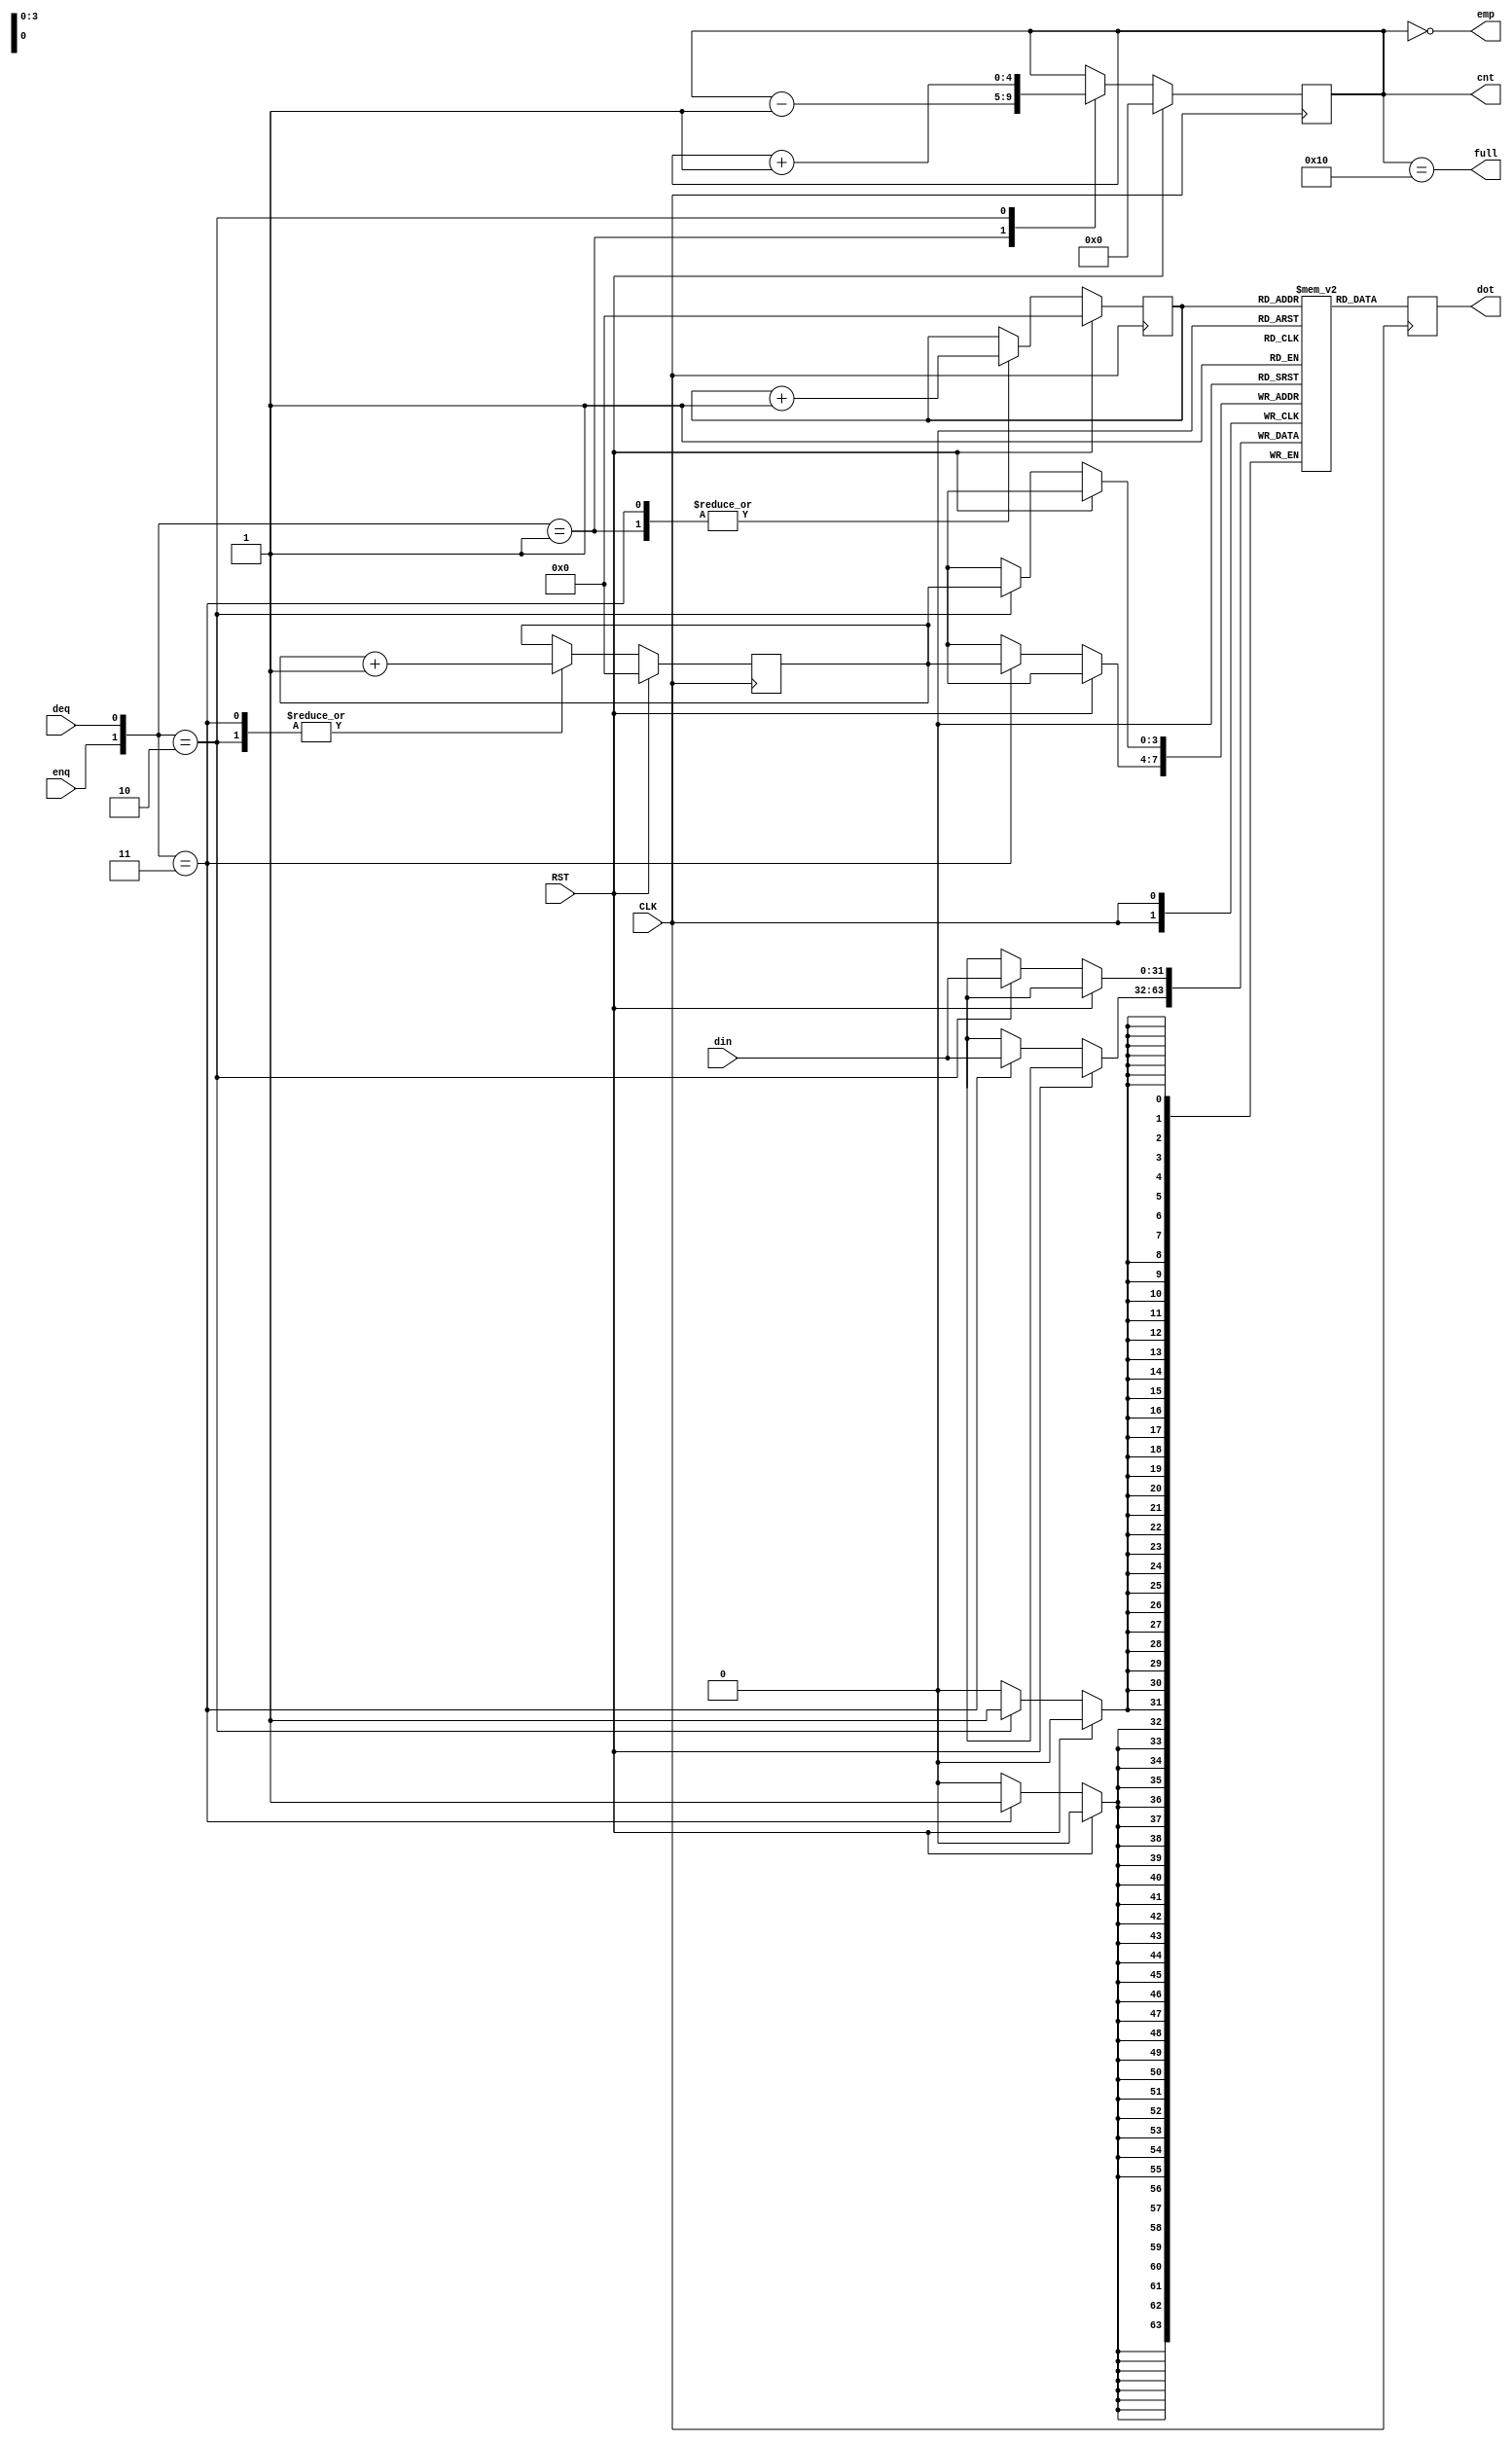
/******************************************************************************/
/* FIFO design collection                                    Ryohei Kobayashi */
/*                                                         Version 2016-12-07 */
/******************************************************************************/
`default_nettype none

/***** A BlockRAM-based FIFO                                              *****/
/******************************************************************************/
module BFIFO #(parameter                    FIFO_SIZE  =  4,  // size in log scale, 4 for 16 entry
               parameter                    FIFO_WIDTH = 32)  // fifo width in bit
              (input  wire                  CLK, 
               input  wire                  RST, 
               input  wire                  enq, 
               input  wire                  deq, 
               input  wire [FIFO_WIDTH-1:0] din, 
               output reg  [FIFO_WIDTH-1:0] dot, 
               output wire                  emp, 
               output wire                  full, 
               output reg  [FIFO_SIZE:0]    cnt);
  
  reg [FIFO_SIZE-1:0]  head, tail;
  reg [FIFO_WIDTH-1:0] mem [(1<<FIFO_SIZE)-1:0];

  assign emp  = (cnt==0);
  assign full = (cnt==(1<<FIFO_SIZE));
  
  always @(posedge CLK) dot <= mem[head];
  
  always @(posedge CLK) begin
    if (RST) {cnt, head, tail} <= 0;
    else begin
      case ({enq, deq})
        2'b01: begin                 head<=head+1;               cnt<=cnt-1; end
        2'b10: begin mem[tail]<=din;               tail<=tail+1; cnt<=cnt+1; end
        2'b11: begin mem[tail]<=din; head<=head+1; tail<=tail+1;             end
      endcase
    end
  end
endmodule


/*****  A multi-channel FIFO                                              *****/
/******************************************************************************/
module MULTI_CHANNEL_FIFO #(parameter                    C_LOG      = 2,  // # of channels in log scale
                            parameter                    FIFO_SIZE  = 2,  // FIFO depth of each channel in log scale
                            parameter                    FIFO_WIDTH = 32)
                           (input  wire                  CLK,
                            input  wire                  RST,
                            input  wire                  enq,
                            input  wire [C_LOG-1:0]      enq_idx,
                            input  wire                  deq,
                            input  wire [C_LOG-1:0]      deq_idx,
                            input  wire [FIFO_WIDTH-1:0] din,
                            output reg  [FIFO_WIDTH-1:0] dot,
                            output wire [(1<<C_LOG)-1:0] emp,
                            output wire [(1<<C_LOG)-1:0] full);

  // FIFO_SIZE-1 -> FIFO_SIZE (to generate emp and full)
  reg [FIFO_SIZE:0] head_list [(1<<C_LOG)-1:0];
  reg [FIFO_SIZE:0] tail_list [(1<<C_LOG)-1:0];

  reg [FIFO_WIDTH-1:0] mem [(1<<(C_LOG+FIFO_SIZE))-1:0];
     
  genvar i;
  generate
    for (i=0; i<(1<<C_LOG); i=i+1) begin: channels
      assign emp[i]  = (head_list[i] == tail_list[i]);
      assign full[i] = (head_list[i] == {~tail_list[i][FIFO_SIZE], tail_list[i][FIFO_SIZE-1:0]});
    end
  endgenerate
  
  wire [(C_LOG+FIFO_SIZE)-1:0] raddr = {deq_idx, head_list[deq_idx][FIFO_SIZE-1:0]};
  wire [(C_LOG+FIFO_SIZE)-1:0] waddr = {enq_idx, tail_list[enq_idx][FIFO_SIZE-1:0]};
  
  always @(posedge CLK) dot <= mem[raddr];

  integer p;
  always @(posedge CLK) begin
    if (RST) begin
      for (p=0; p<(1<<C_LOG); p=p+1) begin
        head_list[p] <= 0; 
        tail_list[p] <= 0;
      end
    end else begin
      case ({enq, deq})
        2'b01: begin 
          head_list[deq_idx] <= head_list[deq_idx] + 1;
        end
        2'b10: begin 
          mem[waddr]         <= din;
          tail_list[enq_idx] <= tail_list[enq_idx] + 1; 
        end
        2'b11: begin 
          mem[waddr]         <= din; 
          head_list[deq_idx] <= head_list[deq_idx] + 1; 
          tail_list[enq_idx] <= tail_list[enq_idx] + 1; 
        end
      endcase
    end
  end
  
endmodule
  

/***** A Distributed RAM-based FIFO                                       *****/
/******************************************************************************/
module DFIFO #(parameter                    FIFO_SIZE  =  4,  // size in log scale, 4 for 16 entry
               parameter                    FIFO_WIDTH = 32)  // fifo width in bit
              (input  wire                  CLK, 
               input  wire                  RST, 
               input  wire                  enq, 
               input  wire                  deq, 
               input  wire [FIFO_WIDTH-1:0] din, 
               output wire [FIFO_WIDTH-1:0] dot, 
               output wire                  emp, 
               output wire                  full, 
               output reg  [FIFO_SIZE:0]    cnt);
  
  reg [FIFO_SIZE-1:0]  head, tail;
  reg [FIFO_WIDTH-1:0] mem [(1<<FIFO_SIZE)-1:0];

  assign emp  = (cnt==0);
  assign full = (cnt==(1<<FIFO_SIZE));
  assign dot  = mem[head];
  
  always @(posedge CLK) begin
    if (RST) {cnt, head, tail} <= 0;
    else begin
      case ({enq, deq})
        2'b01: begin                 head<=head+1;               cnt<=cnt-1; end
        2'b10: begin mem[tail]<=din;               tail<=tail+1; cnt<=cnt+1; end
        2'b11: begin mem[tail]<=din; head<=head+1; tail<=tail+1;             end
      endcase
    end
  end
endmodule


/***** An SRL(Shift Register LUT)-based FIFO                              *****/
/******************************************************************************/
module SRL_FIFO #(parameter                    FIFO_SIZE  = 4,   // size in log scale, 4 for 16 entry
                  parameter                    FIFO_WIDTH = 32)  // fifo width in bit
                 (input  wire                  CLK,
                  input  wire                  RST,
                  input  wire                  enq,
                  input  wire                  deq,
                  input  wire [FIFO_WIDTH-1:0] din,
                  output wire [FIFO_WIDTH-1:0] dot,
                  output wire                  emp,
                  output wire                  full,
                  output reg  [FIFO_SIZE:0]    cnt);

  reg  [FIFO_SIZE-1:0]  head;
  reg  [FIFO_WIDTH-1:0] mem [(1<<FIFO_SIZE)-1:0];
  
  assign emp  = (cnt==0);
  assign full = (cnt==(1<<FIFO_SIZE));
  assign dot  = mem[head];
    
  always @(posedge CLK) begin
    if (RST) begin
      cnt  <= 0;
      head <= {(FIFO_SIZE){1'b1}};
    end else begin
      case ({enq, deq})
        2'b01: begin cnt <= cnt - 1; head <= head - 1; end
        2'b10: begin cnt <= cnt + 1; head <= head + 1; end
      endcase
    end
  end

  integer i;
  always @(posedge CLK) begin
    if (enq) begin
      mem[0] <= din;
      for (i=1; i<(1<<FIFO_SIZE); i=i+1) mem[i] <= mem[i-1];
    end
  end
  
endmodule

`default_nettype wire